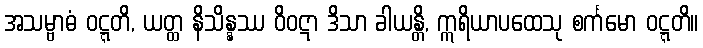
အသမ္ဗာဓံ ဝဋ္ဋတိ, ယတ္ထ နိသိန္နဿ ဝိဝဋာ ဒိသာ ခါယန္တိ, ဣရိယာပထေသု စင်္ကမော ဝဋ္ဋတိ။